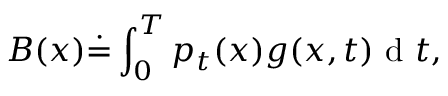
B ( x ) \dot { = } \int _ { 0 } ^ { T } p _ { t } ( x ) g ( x , t ) \mathrm { ~ d ~ } t ,